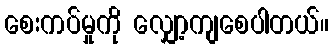
စေးကပ်မှုကို လျှော့ကျစေပါတယ်။